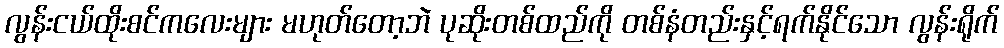
လွန်းငယ်ထိုးစင်ကလေးများ မဟုတ်တော့ဘဲ ပုဆိုးတစ်ထည်ကို တစ်နံတည်းနှင့်ရက်နိုင်သော လွန်းရိုက်